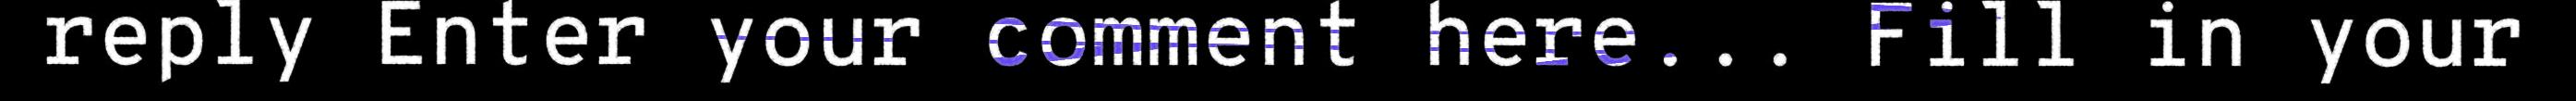
reply Enter your comment here... Fill in your